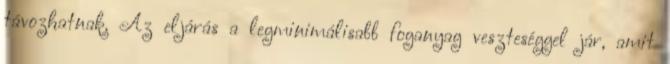
távozhatnak. Az eljárás a legminimálisabb foganyag veszteséggel jár, amit